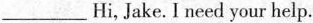
___Hi, Jake. I need your help.